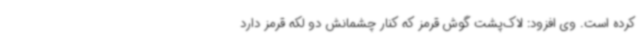
کرده است. وی افزود: لاک‌پشت گوش قرمز که کنار چشمانش دو لکه‌ قرمز دارد